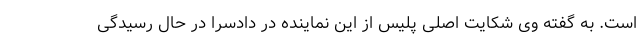
است. به گفته وی شکایت اصلی پلیس از این نماینده در دادسرا در حال رسیدگی